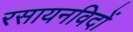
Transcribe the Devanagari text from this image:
रसायनविदों